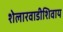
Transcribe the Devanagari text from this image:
शेलारवाडीशिवाय